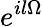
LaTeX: e^{il\Omega}